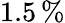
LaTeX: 1.5\, \%